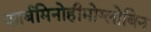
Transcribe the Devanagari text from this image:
कार्बमिनोहीमोग्लोबिन